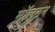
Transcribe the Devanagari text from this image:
मॉलटन